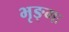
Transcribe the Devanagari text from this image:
भृङ्गः